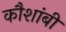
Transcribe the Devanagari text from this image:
कौशांबीं